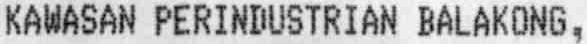
KAWASAN PERINDUSTRIAN BALAKONG,